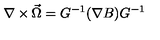
\nabla \times \vec { \Omega } = G ^ { - 1 } ( \nabla B ) G ^ { - 1 }